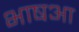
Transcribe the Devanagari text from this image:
भाषआ